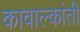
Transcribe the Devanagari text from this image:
कावाल्कांती